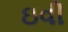
ઇવી